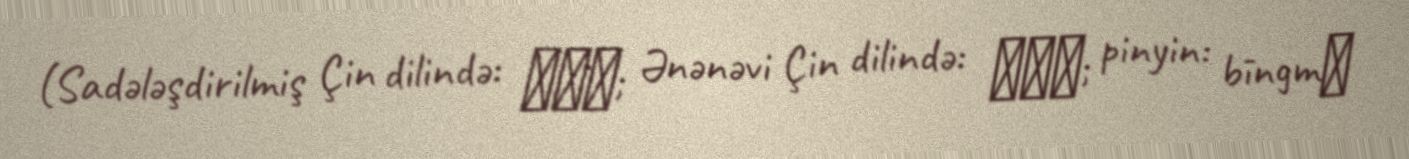
(Sadələşdirilmiş Çin dilində: 兵马俑; Ənənəvi Çin dilində: 兵马俑; pinyin: bīngmǎ